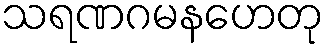
သရဏဂမနဟေတု